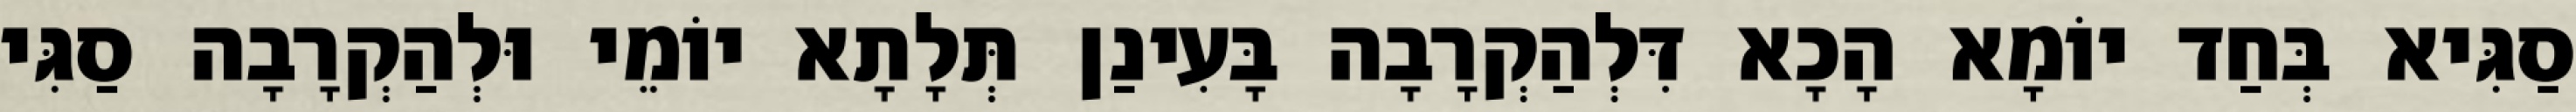
סַגִּיא בְּחַד יוֹמָא הָכָא דִּלְהַקְרָבָה בָּעִינַן תְּלָתָא יוֹמֵי וּלְהַקְרָבָה סַגִּי